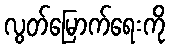
လွတ်မြောက်ရေးကို